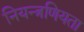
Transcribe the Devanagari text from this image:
नियन्त्रणियता